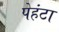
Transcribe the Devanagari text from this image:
पेहंटा